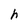
Character: h